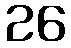
26